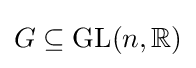
G\subseteq \operatorname {GL} (n,\mathbb {R} )